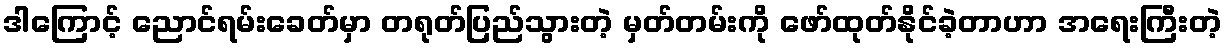
ဒါကြောင့် ညောင်ရမ်းခေတ်မှာ တရုတ်ပြည်သွားတဲ့ မှတ်တမ်းကို ဖော်ထုတ်နိုင်ခဲ့တာဟာ အရေးကြီးတဲ့